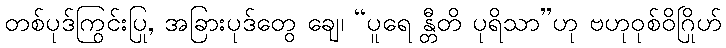
တစ်ပုဒ်ကြွင်းပြု, အခြားပုဒ်တွေ ချေ၊ “ပူရေ န္တီတိ ပုရိသာ”ဟု ဗဟုဝုစ်ဝိဂြိုဟ်